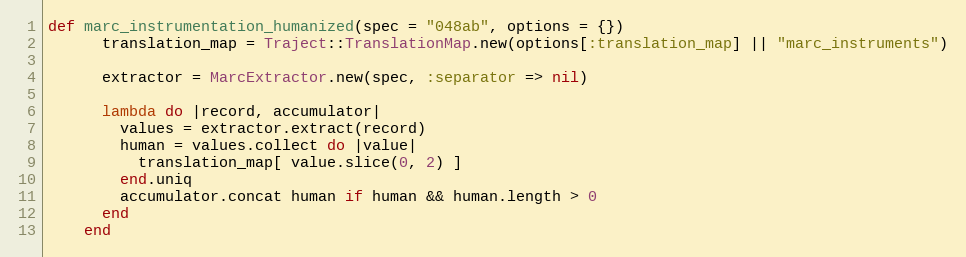
Language: Ruby
def marc_instrumentation_humanized(spec = "048ab", options = {})
      translation_map = Traject::TranslationMap.new(options[:translation_map] || "marc_instruments")

      extractor = MarcExtractor.new(spec, :separator => nil)

      lambda do |record, accumulator|
        values = extractor.extract(record)
        human = values.collect do |value|
          translation_map[ value.slice(0, 2) ]
        end.uniq
        accumulator.concat human if human && human.length > 0
      end
    end